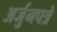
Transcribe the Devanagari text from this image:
अर्जुनपत्रे